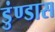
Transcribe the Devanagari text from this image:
डुंण्डास